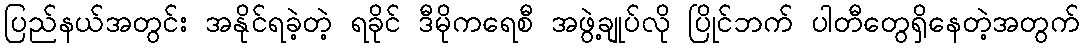
ပြည်နယ်အတွင်း အနိုင်ရခဲ့တဲ့ ရခိုင် ဒီမိုကရေစီ အဖွဲ့ချုပ်လို ပြိုင်ဘက် ပါတီတွေရှိနေတဲ့အတွက်